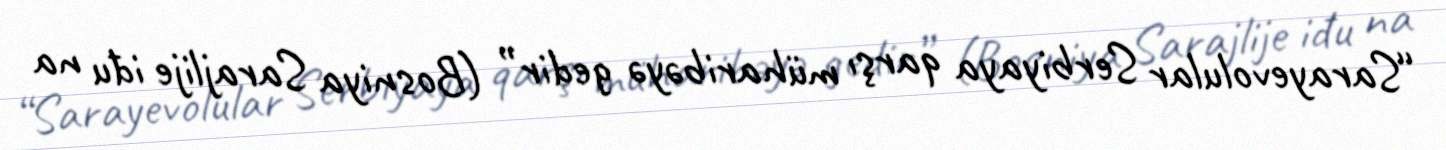
“Sarayevolular Serbiyaya qarşı müharibəyə gedir” (Bosniya Sarajlije iđu na